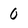
Character: 0